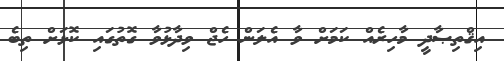
އިޤްތިޞާދީ މާހިރެއް ކަމަށް ވާ އެލަން ހެޖް ވިދާޅުވާ ގޮތުގައި ކޮޅަށް ތިބެ